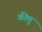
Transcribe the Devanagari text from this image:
कीमू